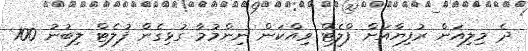
ދެ މިލިއަން ރުފިޔާއަށް ފްލެޓް ވިއްކަން ނިންމުމާ ގުޅިގެން ފުލެޓް ލިބުނު 100